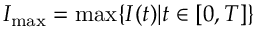
I _ { \operatorname* { m a x } } = \operatorname* { m a x } \{ I ( t ) | t \in [ 0 , T ] \}